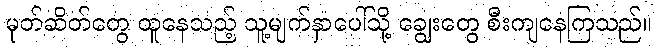
မုတ်ဆိတ်တွေ ထူနေသည့် သူ့မျက်နှာပေါ်သို့ ချွေးတွေ စီးကျနေကြသည်။